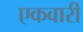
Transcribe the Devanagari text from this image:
एकवारी